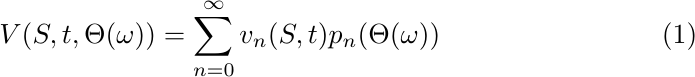
\begin{equation}\label{eq:IntroGPCV}
	V(S,t, \Theta(\omega)) = \sum_{n=0}^{\infty}v_n(S,t)p_n(\Theta(\omega))
\end{equation}